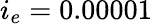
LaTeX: i_{e}=0.00001